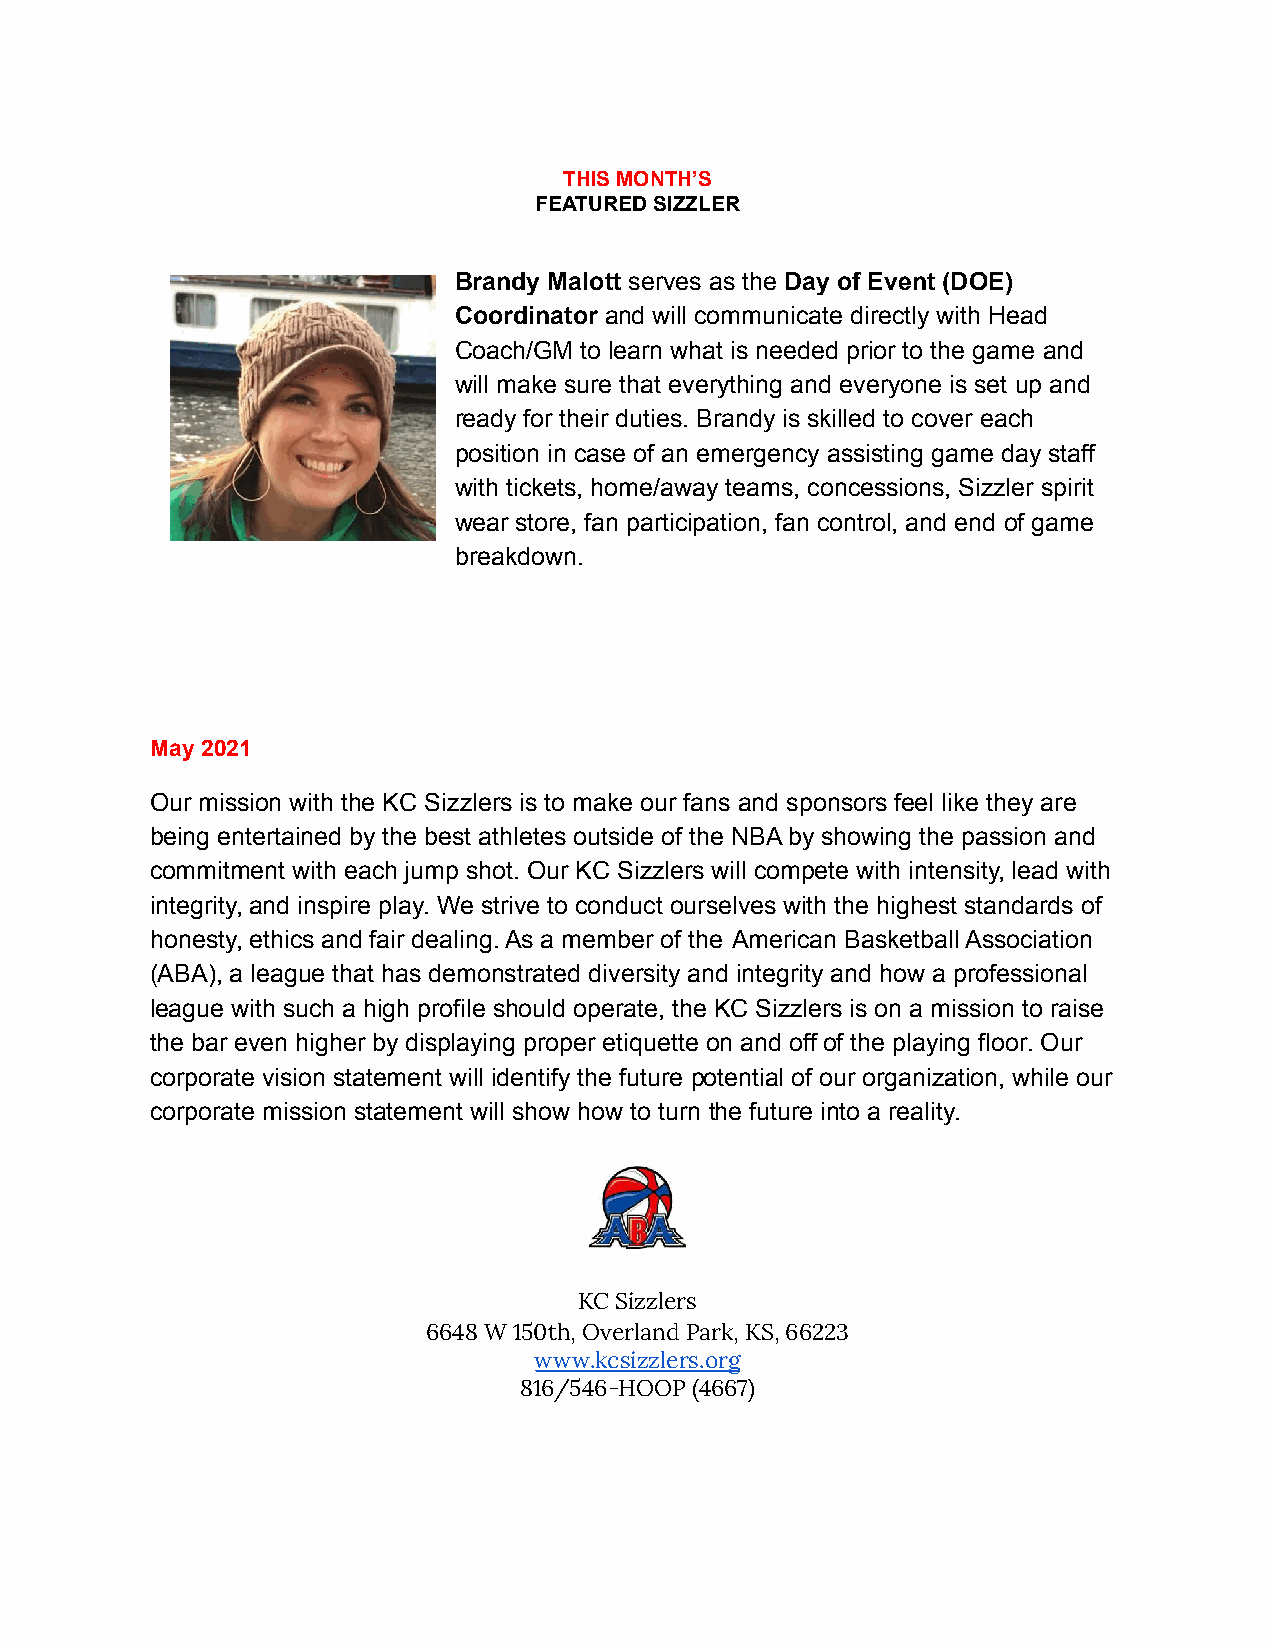
THIS MONTH’S
 FEATURED SIZZLER
 Brandy Malott serves as the Day of Event (DOE)
 Coordinator and will communicate directly with Head
 Coach/GM to learn what is needed prior to the game and
 will make sure that everything and everyone is set up and
 ready for their duties. Brandy is skilled to cover each
 position in case of an emergency assisting game day staff
 with tickets, home/away teams, concessions, Sizzler spirit
 wear store, fan participation, fan control, and end of game
 breakdown.
 May 2021
 Our mission with the KC Sizzlers is to make our fans and sponsors feel like they are
 being entertained by the best athletes outside of the NBA by showing the passion and
 commitment with each jump shot. Our KC Sizzlers will compete with intensity, lead with
 integrity, and inspire play. We strive to conduct ourselves with the highest standards of
 honesty, ethics and fair dealing. As a member of the American Basketball Association
 (ABA), a league that has demonstrated diversity and integrity and how a professional
 league with such a high profile should operate, the KC Sizzlers is on a mission to raise
 the bar even higher by displaying proper etiquette on and off of the playing floor. Our
 corporate vision statement will identify the future potential of our organization, while our
 corporate mission statement will show how to turn the future into a reality.
 KC Sizzlers
 6648 W 150th, Overland Park, KS, 66223
 www.kcsizzlers.org
 816/546-HOOP (4667)